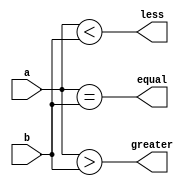
`timescale 1ns / 1ps

module Compare10(
    input [9:0] a,
    input [9:0] b,
    output equal,
    output greater,
    output less
    );

	assign equal = a == b;
	assign greater = a > b;
	assign less = a < b;
	
endmodule